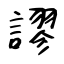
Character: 謬